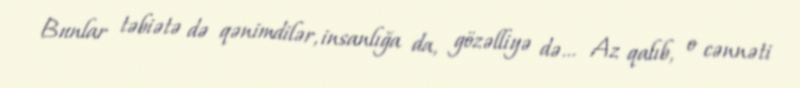
Bunlar təbiətə də qənimdilər, insanlığa da, gözəlliyə də… Az qalıb, o cənnəti